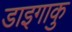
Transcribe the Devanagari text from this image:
डाइगाकु